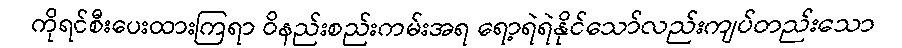
ကိုရင်စီးပေးထားကြရာ ဝိနည်းစည်းကမ်းအရ ရော့ရဲရဲနိုင်သော်လည်းကျပ်တည်းသော